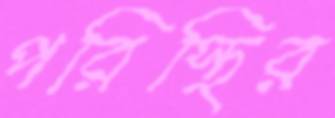
পরিস্থির